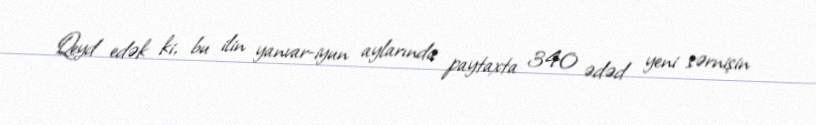
Qeyd edək ki, bu ilin yanvar-iyun aylarında paytaxta 340 ədəd yeni sərnişin